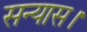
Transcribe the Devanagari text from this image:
सन्यास।